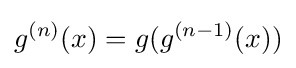
g^{(n)}(x)=g(g^{(n-1)}(x))